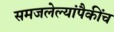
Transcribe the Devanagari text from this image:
समजलेल्यांपैकींच